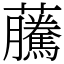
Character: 虅